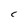
Character: C